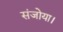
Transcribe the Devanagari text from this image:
संजोया।